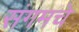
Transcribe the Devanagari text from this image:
संगमचे